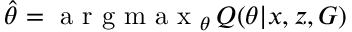
\hat { \theta } = \mathrm { ~ a ~ r ~ g ~ m ~ a ~ x ~ } _ { \theta } \, Q ( \theta | x , z , G )